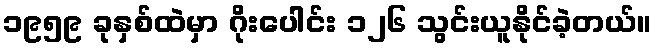
၁၉၅၉ ခုနှစ်ထဲမှာ ဂိုးပေါင်း ၁၂၆ သွင်းယူနိုင်ခဲ့တယ်။